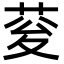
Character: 𮏉